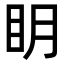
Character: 眀